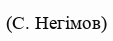
(С. Негімов)